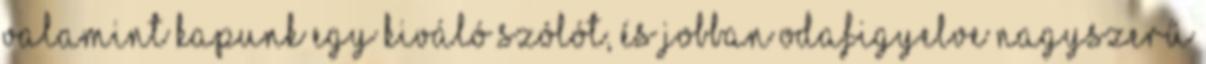
valamint kapunk egy kiváló szólót, és jobban odafigyelve nagyszerű